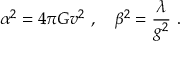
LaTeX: \alpha ^ { 2 } = 4 \pi G v ^ { 2 } \ , \ \ \ \beta ^ { 2 } = \frac { \lambda } { g ^ { 2 } } \ .